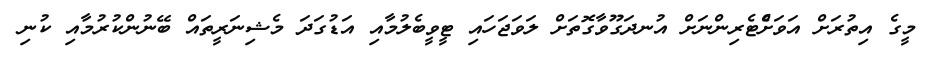
މީގެ އިތުރަށް އަވަށްެޓެރިންނަށް އުނދަގޫވާގޮތަށް ލަވަަޖަހައި ޓީވީބެލުމާއި އަޑުގަދަ މެޝިނަރީތައް ބޭނުންކުރުމާއި ކުނި